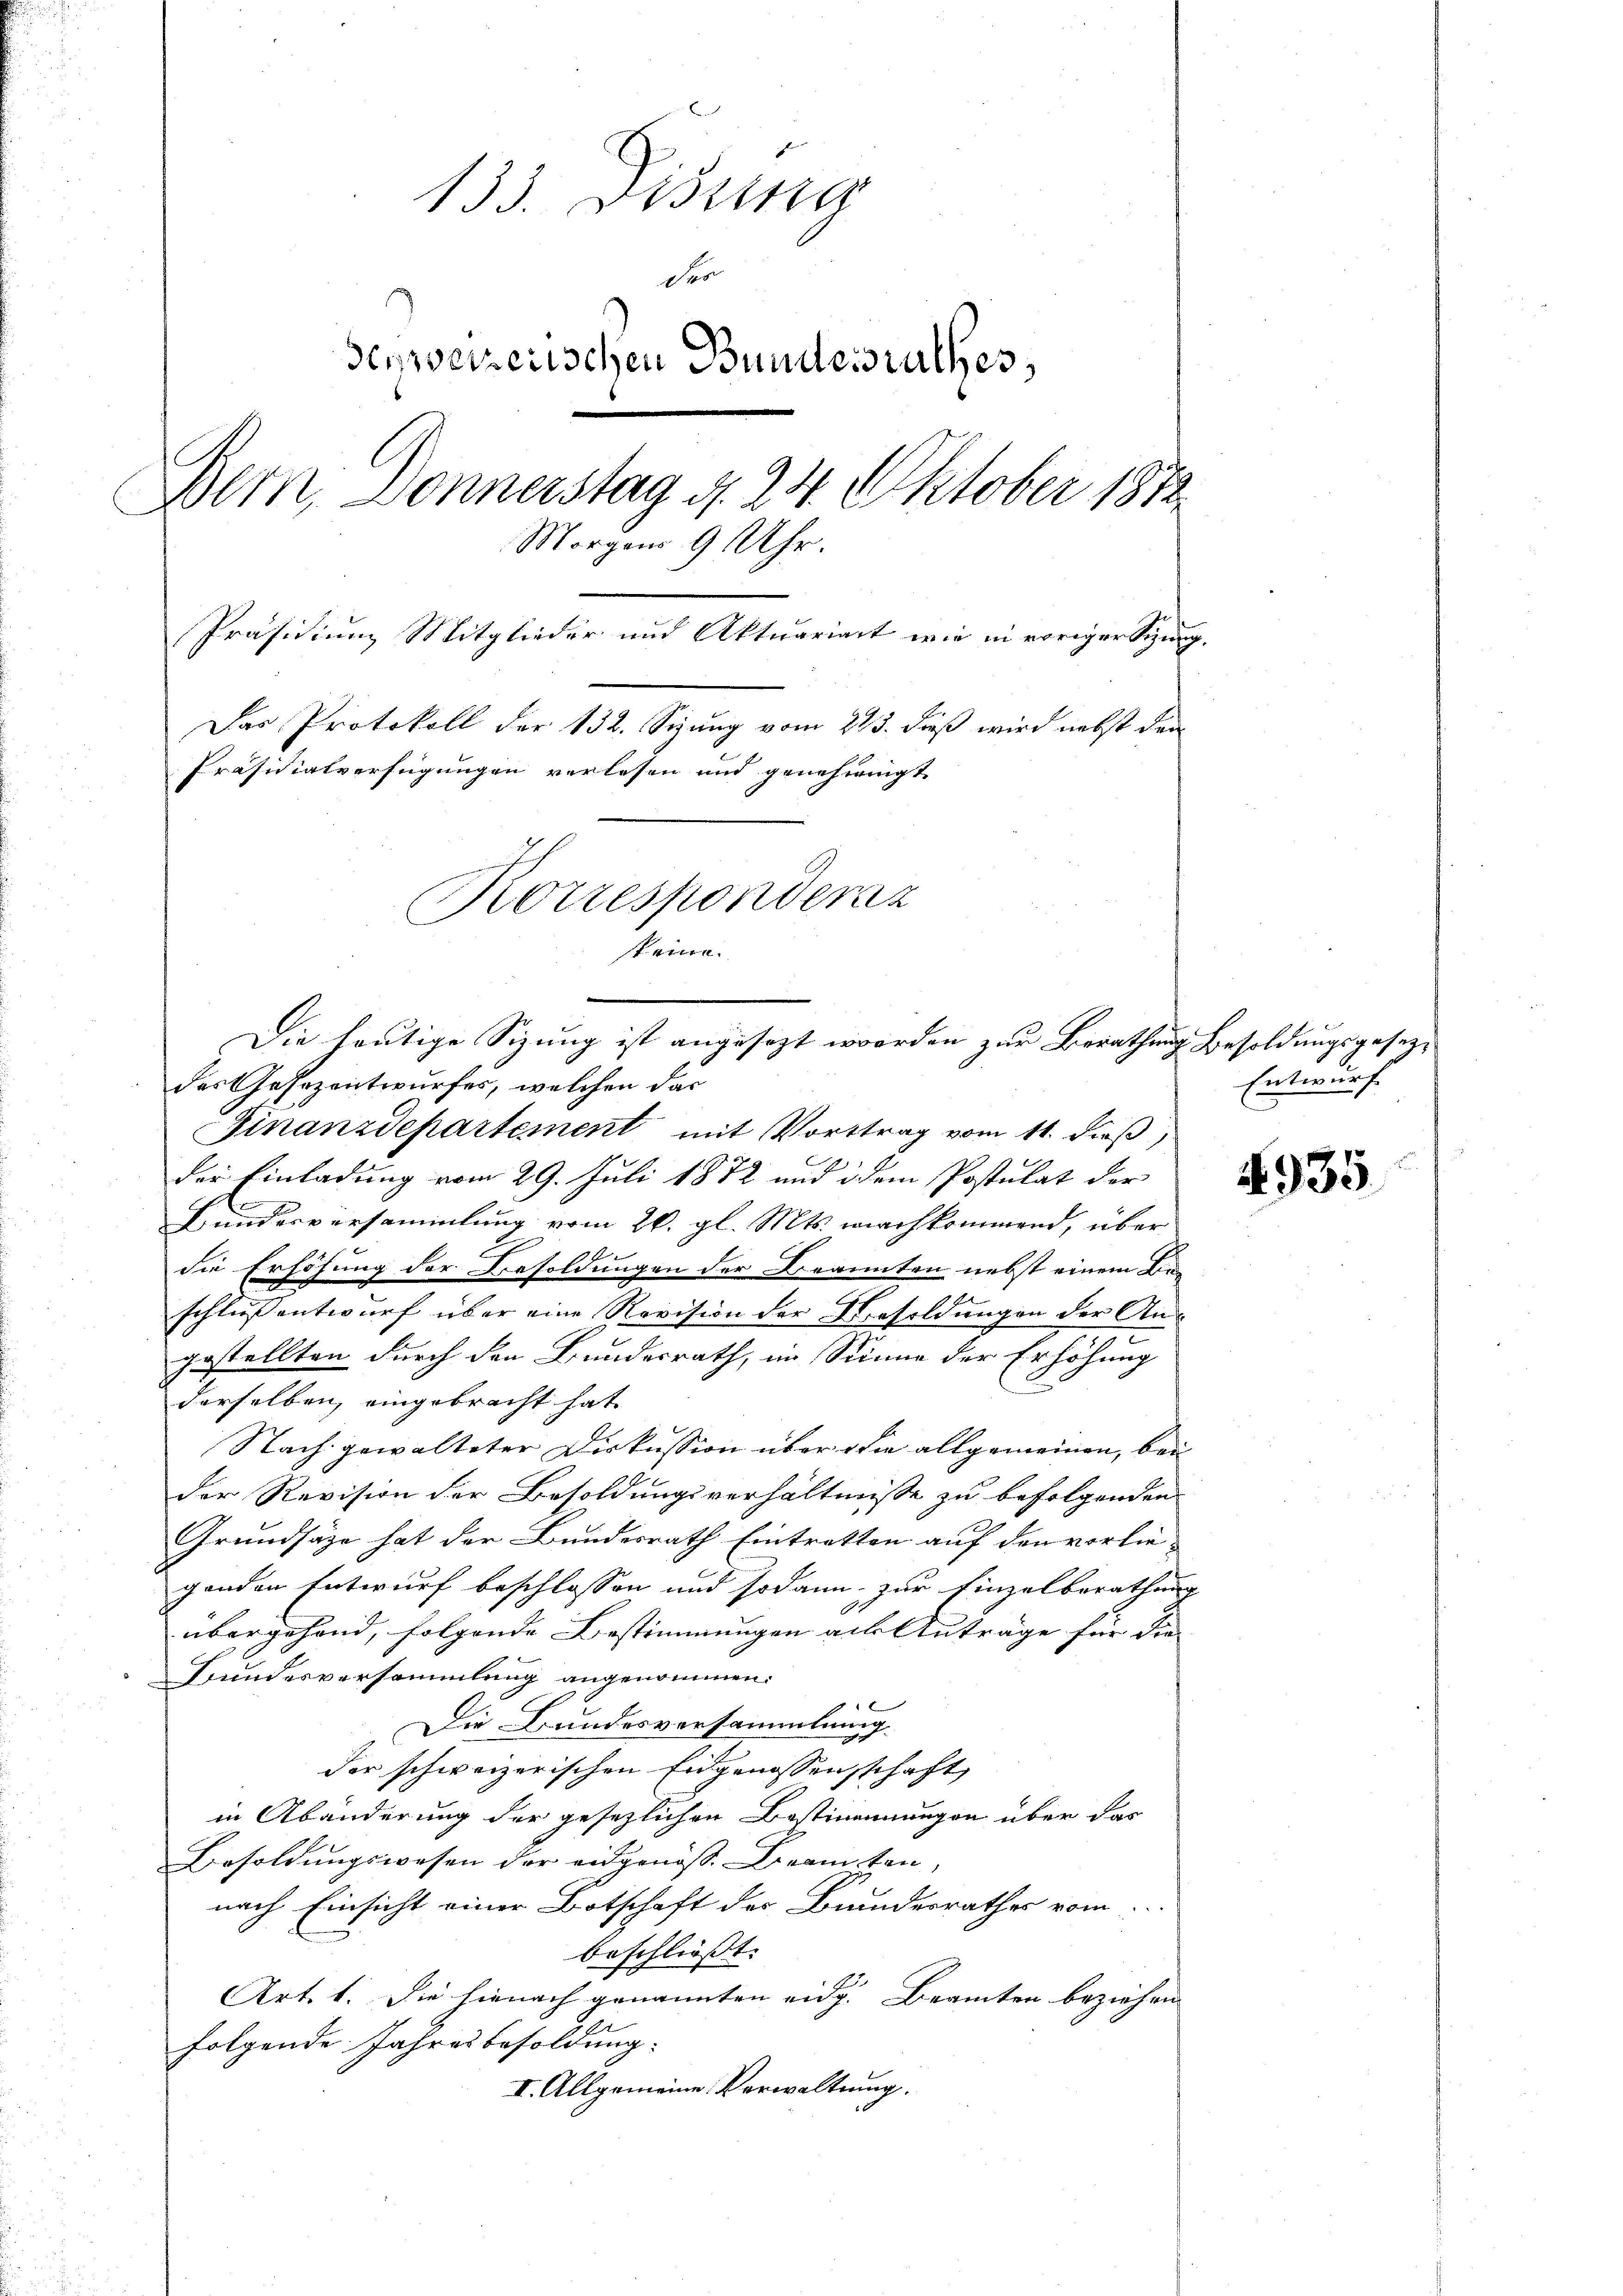
133. Disung
der
derweizerischen Bundesrathes,
Bern, Donnerstag d. 24. Oktober 1872
Morgen 9 Uhr.
Präsidium Mitglieder und Aktuariat wie in voriger Sitzung,
Das Protokoll der 132. Seiung vom 213. dieß wird nebst den
Präsidialverfügungen verlesen und genehmigt
Korresponderz
steine.

des Gesezentwurfes, welchen das
Finanzdepartement mit Vorttrag vom 11. dieß,
der Einladung vom 29. Juli 1872 und idem Postulat der
Ch
Bundesversammlung vom 26. gl. Mts. machkommend, über
die Erhöhung der Besoldungen der Brannten nebst einem Beschluß entwurf über eine Revision der Besoldungen der An-
gestellten durch den Bundesrath, im Sinne der Erhöhung
derselben, eingebracht hat
Nach gewalteter Diskussion über die allgemeinen, bei
der Revision der Besoldungsverhältnisse zu befolgenden
Grundsätze hat der Bundesrath Eintretten auf den vorliegenden Entwurf beschlossen und sodann zur Einzelberathung
übergehend, folgende Bestimmungen als Anträge für die |
Bundesversammlung angenommen:
x
Die Bundesversammlung.
der schweizerischen Eidgenossenschaft
in Abänderung der gesezlichen Bestimmungen über das
Besoldungswesen der eidgenöss. Beamten,
nach Einsicht einer Botschaft des Bundesrathes vom
beschliesst. |
Art. 1. Die hienach genannten eidg. Beamten beziehen |
folgende Jahresbesoldung.
I. Allgemeine Verwaltung.

Die heutige Sizung ist angesezt worden zur Berathung besoldungsgesez¬

Entwurf

4935